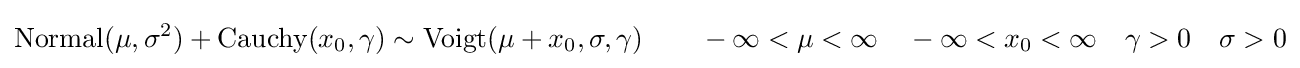
\operatorname {Normal} (\mu ,\sigma ^{2})+\operatorname {Cauchy} (x_{0},\gamma )\sim \operatorname {Voigt} (\mu +x_{0},\sigma ,\gamma )\qquad -\infty <\mu <\infty \quad -\infty <x_{0}<\infty \quad \gamma >0\quad \sigma >0